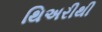
થિઅરીથી